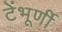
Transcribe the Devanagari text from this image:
टेंभूर्णी